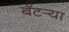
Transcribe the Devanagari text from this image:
बॅटर्‍या